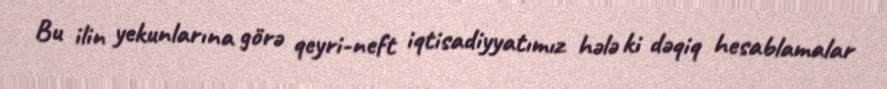
Bu ilin yekunlarına görə qeyri-neft iqtisadiyyatımız hələ ki dəqiq hesablamalar